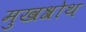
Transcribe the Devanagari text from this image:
मुखश्रोथ